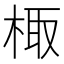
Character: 棷